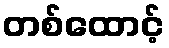
တစ်ထောင့်